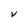
Character: v